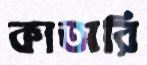
কাতারি